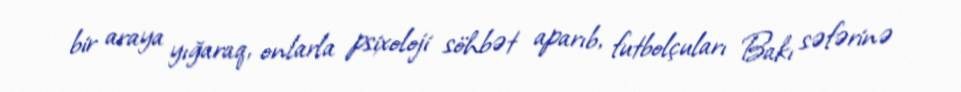
bir araya yığaraq, onlarla psixoloji söhbət aparıb, futbolçuları Bakı səfərinə